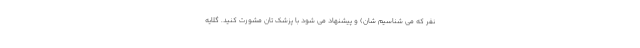
نفر که می شناسیم شان) و پیشنهاد می شود با پزشک تان مشورت کنید. گلایه